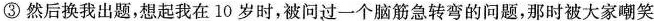
③然后换我出题，想起我在10岁时，被问过一个脑筋急转弯的问题，那时被大家嘲笑